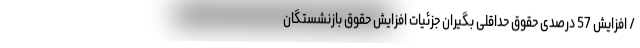
/ افزایش 57 درصدی حقوق حداقلی بگیران جزئیات افزایش حقوق بازنشستگان